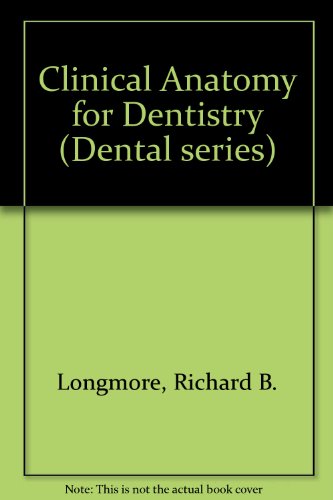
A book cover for Clinical Anatomy for Dentistry (Dental series); R. B. Longmore; Medical Books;